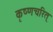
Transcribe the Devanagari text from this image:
कृष्णचरित्